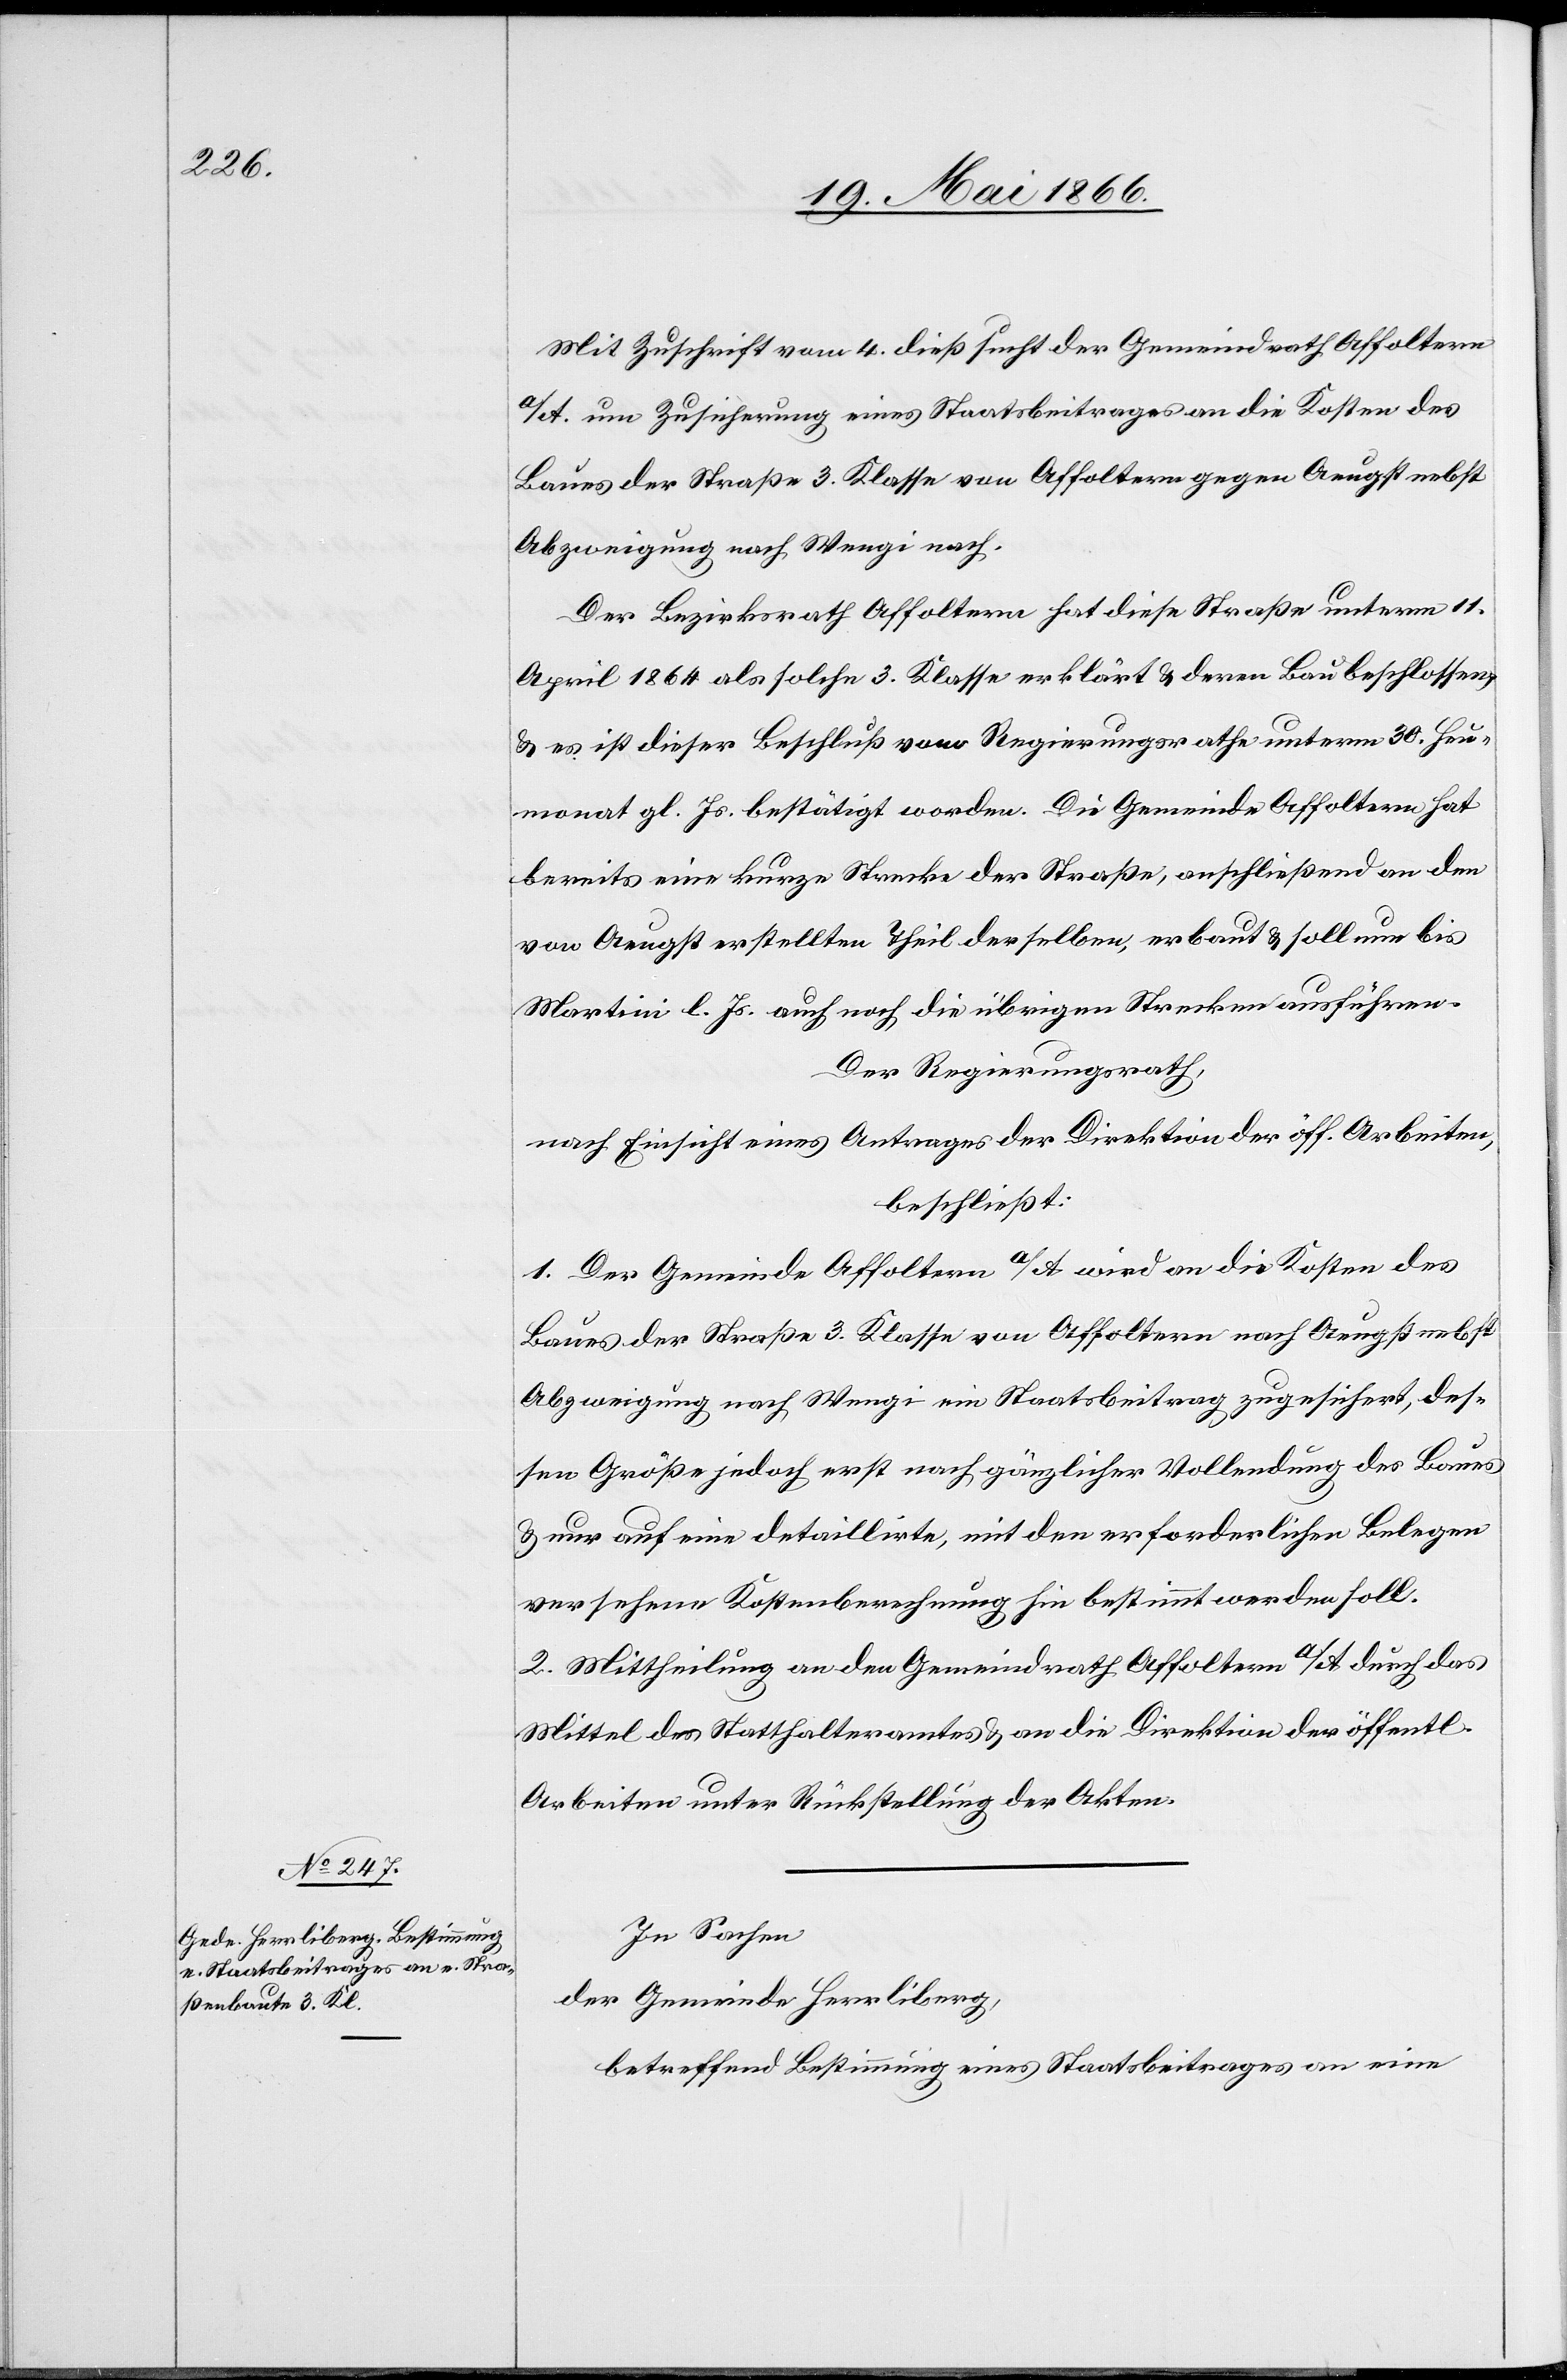
Mit Zuschrift vom 4. dieß sucht der Gemeindrath Affoltern
a/A. um Zusicherung eines Staatsbeitrages an die Kosten des
Baues der Straße 3. Klasse von Affoltern gegen Aeugst nebst
Abzweigung nach Wengi nach.
Der Bezirksrath Affoltern hat diese Straße unterm 11.
April 1864 als solche 3. Klasse erklärt u. deren Bau beschlossen,
u. es ist dieser Beschluß vom Regierungsrathe unterm 30. Heu¬
monat gl. Js. bestätigt worden. Die Gemeinde Affoltern hat
bereits eine kurze Strecke der Straße, anschließend an den
von Aeugst erstellten Theil derselben, erbaut u. soll nun bis
Martini l. Js. auch noch die übrigen Strecken ausführen.
Der Regierungsrath,
nach Einsicht eines Antrages der Direktion der öff. Arbeiten,
beschließt:
1. Der Gemeinde Affoltern a/A wird an die Kosten des
Baues der Straße 3. Klasse von Affoltern nach Aeugst nebst
Abzweigung nach Wengi ein Staatsbeitrag zugesichert des¬
sen Größe jedoch erst nach gänzlicher Vollendung des Baues
u. nur auf eine detaillirte, mit den erforderlichen Belegen
versehene Kostenberechnung hin bestimmt werden soll.
2. Mittheilung an den Gemeindrath Affoltern a/A durch das
Mittel des Statthalteramtes u. an die Direktion der öffentl.
Arbeiten unter Rückstellung der Akten.